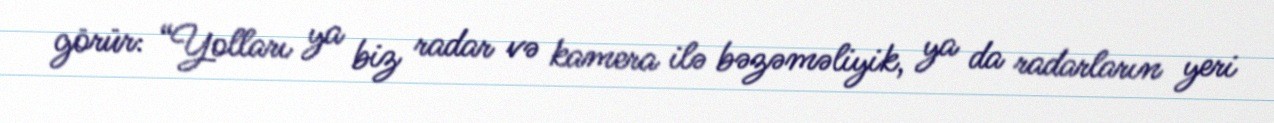
görür: “Yolları ya biz radar və kamera ilə bəzəməliyik, ya da radarların yeri